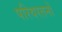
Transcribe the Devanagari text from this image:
परिवरतनों